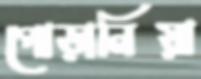
পোড়ানিয়া